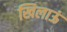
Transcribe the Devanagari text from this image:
खिलाऊं